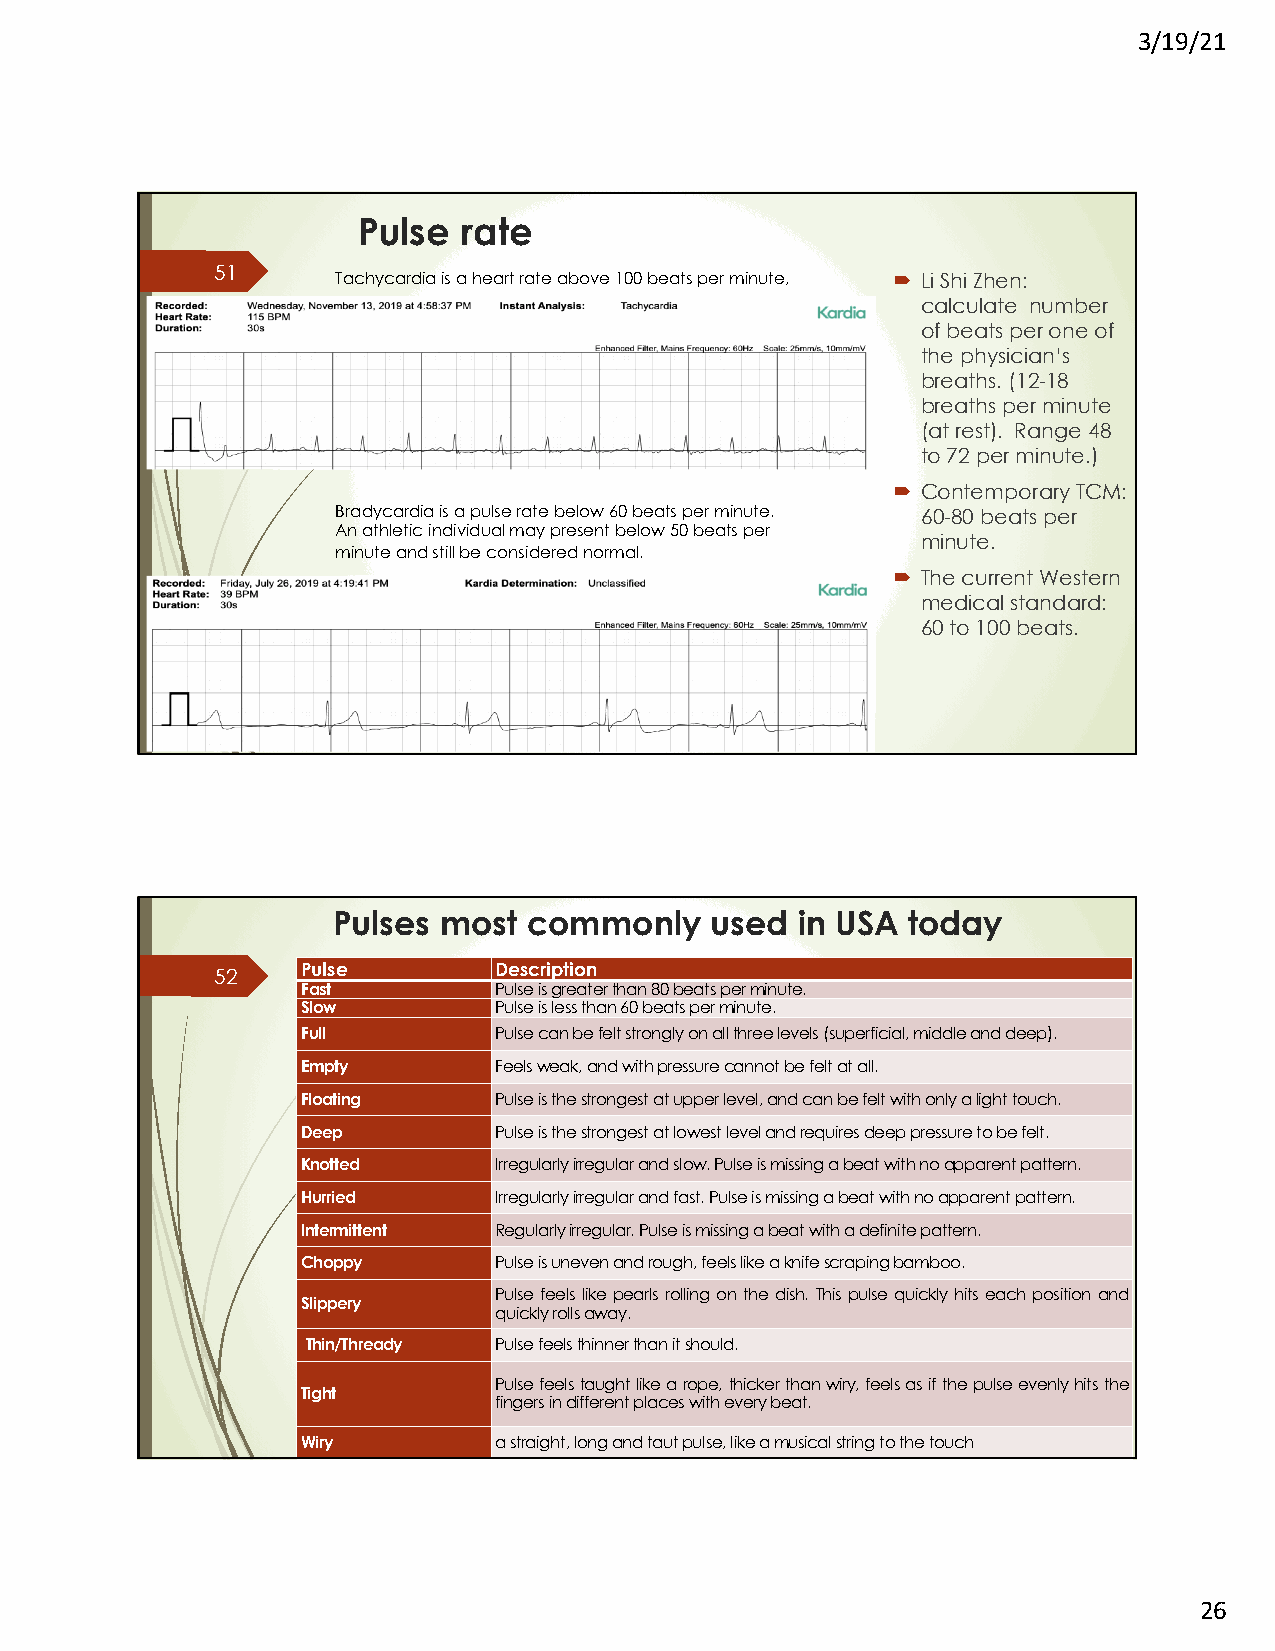
3/19/21
 Pulse  rate
 51
 Tachycardia is a heart rate above 100 beats per minute, ´ Li Shi Zhen:
 calculate number
 of beats per one of
 the physician’s
 breaths. (12-18
 breaths per minute
 (at rest). Range 48
 to 72 per minute.)
 ´ Contemporary TCM:
 Bradycardia is a pulse rate below 60 beats per minute. 60-80 beats per
 An athletic individual may present below 50 beats per
 minute.
 minute and still be considered normal.
 ´ The current Western
 medical standard:
 60 to 100 beats.
 Pulses most  commonly    used  in USA today
 Pulse        Description
 52
 Fast         Pulseisgreaterthan80beatsperminute.
 Slow         Pulseislessthan60beatsperminute.
 Full         Pulsecanbefeltstronglyonallthreelevels(superficial,middleanddeep).
 Empty        Feelsweak,andwithpressurecannotbefeltatall.
 Floating     Pulseisthestrongestatupperlevel,andcanbefeltwithonlyalighttouch.
 Deep         Pulseisthestrongestatlowestlevelandrequiresdeeppressuretobefelt.
 Knotted      Irregularlyirregularandslow.Pulseismissingabeatwithnoapparentpattern.
 Hurried      Irregularlyirregularandfast.Pulseismissingabeatwithnoapparentpattern.
 Intermittent Regularlyirregular.Pulseismissingabeatwithadefinitepattern.
 Choppy       Pulseisunevenandrough,feelslikeaknifescrapingbamboo.
 Pulsefeels likepearls rollingonthedish. This pulsequickly hits eachpositionand
 Slippery
 quicklyrollsaway.
 Thin/Thready Pulsefeelsthinnerthanitshould.
 Pulsefeelstaughtlikearope,thickerthanwiry,feelsasifthepulseevenlyhitsthe
 Tight
 fingersindifferentplaceswitheverybeat.
 Wiry         astraight,longandtautpulse,likeamusicalstringtothetouch
 26